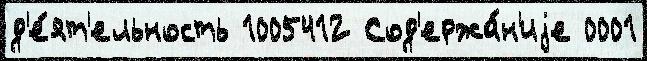
д'е́ят'ельность 1005412 Сод'ержа́н'иjе 0001